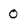
Character: 0